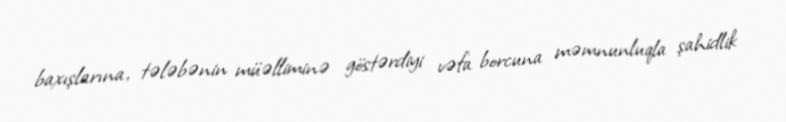
baxışlarına, tələbənin müəlliminə göstərdiyi vəfa borcuna məmnunluqla şahidlik